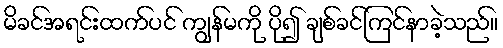
မိခင်အရင်းထက်ပင် ကျွန်မကို ပို၍ ချစ်ခင်ကြင်နာခဲ့သည်။